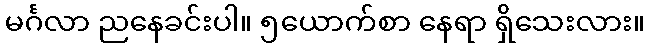
မင်္ဂလာ ညနေခင်းပါ။ ၅ယောက်စာ နေရာ ရှိသေးလား။